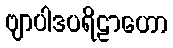
ဗျာပါဒပရိဠာဟော